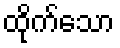
ထိုက်သော